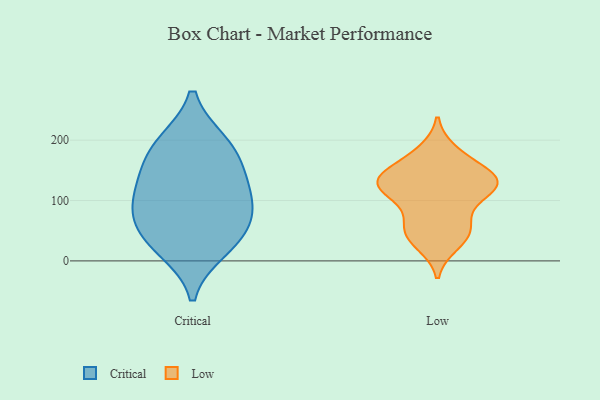
{"axis": {"x": "Bounce Rate (%)", "y": "Value"}, "legend": ["Critical", "Low"], "data": [{"x": "", "y": 93, "type": "Critical"}, {"x": "", "y": 150, "type": "Critical"}, {"x": "", "y": 53, "type": "Critical"}, {"x": "", "y": 145, "type": "Critical"}, {"x": "", "y": 196, "type": "Critical"}, {"x": "", "y": 33, "type": "Critical"}, {"x": "", "y": 82, "type": "Critical"}, {"x": "", "y": 104, "type": "Critical"}, {"x": "", "y": 195, "type": "Critical"}, {"x": "", "y": 19, "type": "Critical"}, {"x": "", "y": 112, "type": "Low"}, {"x": "", "y": 128, "type": "Low"}, {"x": "", "y": 56, "type": "Low"}, {"x": "", "y": 181, "type": "Low"}, {"x": "", "y": 123, "type": "Low"}, {"x": "", "y": 173, "type": "Low"}, {"x": "", "y": 127, "type": "Low"}, {"x": "", "y": 28, "type": "Low"}, {"x": "", "y": 55, "type": "Low"}, {"x": "", "y": 53, "type": "Low"}, {"x": "", "y": 141, "type": "Low"}, {"x": "", "y": 36, "type": "Low"}, {"x": "", "y": 124, "type": "Low"}, {"x": "", "y": 129, "type": "Low"}, {"x": "", "y": 149, "type": "Low"}, {"x": "", "y": 137, "type": "Low"}, {"x": "", "y": 91, "type": "Low"}]}